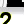
Digit: 2